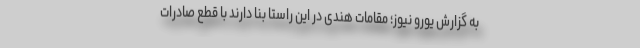
به گزارش یورو نیوز؛ مقامات هندی در این راستا بنا دارند با قطع صادرات